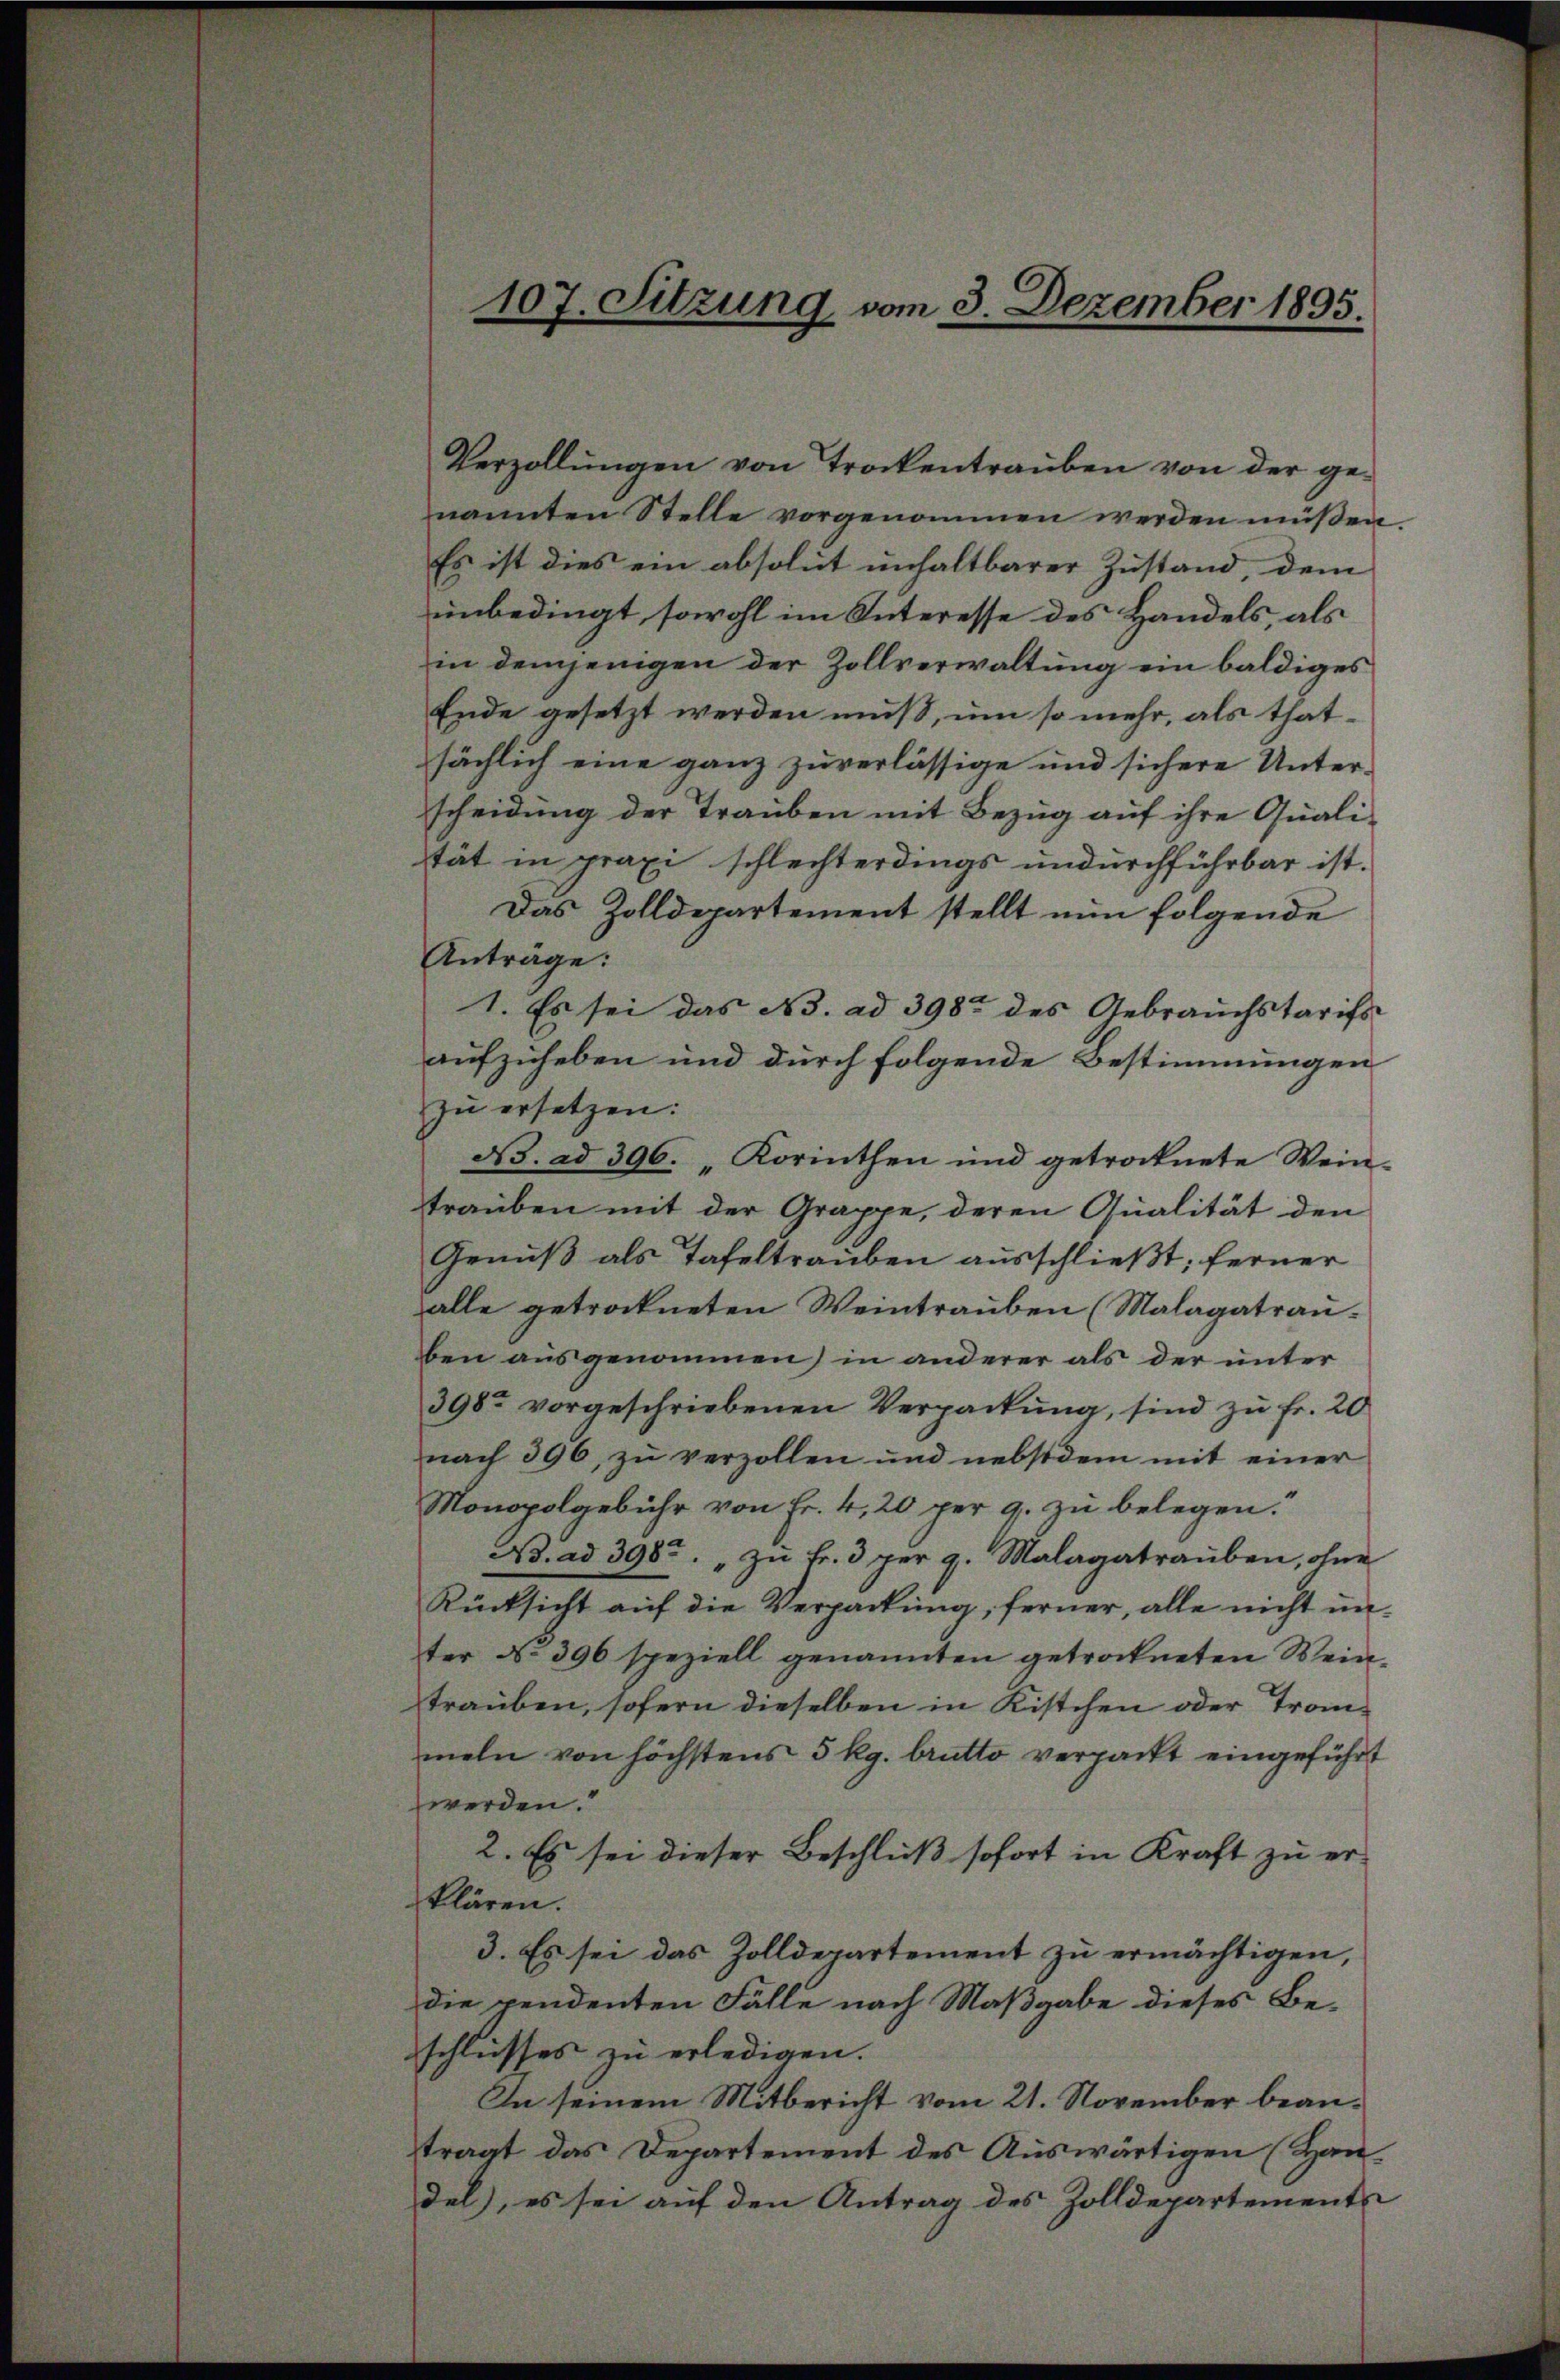
Verzollŭngen von Trockentraŭben von der ge-
nannten Stelle vorgenommen werden müßen.
Es ist dies ein absolut unhaltbarer Zustand, dem
unbedingt, sowohl im Interesse des Handels, als
in demjenigen der Zollverwaltung ein baldiges
Ende gesetzt werden muß, um so mehr, als thatsächlich eine ganz zuverlässige und sichere Unter-
scheidung der Trauben mit Bezug auf ihre Quali-
tät in praxi schlechterdings undurchführbar ist.
Das Zolldepartement stellt nun folgende
Anträge:
1. Es sei das Ns. ad 398 des Gebrauchstarifs
aufzuheben und durch folgende Bestimmungen
zu ersetzen:
A3. ad 396. „Korinthen und getrocknete Wein-
trauben mit der Grappe, deren Qualität den
Genuß als Tafeltrauben ausschließt; ferner
alle getrockneten Weintrauben (Malagatrauben ausgenommen) in anderer als der unter
398 vorgeschriebenen Verpackung, sind zŭ fr. 20
nach 396, zu verzollen und nebstdem mit einer
Monopolgebühr von Fr. 4, 20 per 9. zu belegen.“
Ad. ad 398. „zu Fr. 3 per 9. Malagatrauben, ohne
Rücksicht aŭf die Verpackung, ferner, alle nicht unter No 396 speziell genannten getrockneten Weintrauben, sofern dieselben in Kistchen oder Tranmeln von höchstens 5 kg. brutto verpackt eingeführt
werden.
2. Es sei dieser Beschluß sofort in Kraft zu erklären.
3. Es sei das Zolldepartement zu ermächtigen,
die pendenten Fälle nach Maßgabe dieses Be-
schlusses zu erledigen.
In seinem Mitbericht vom 21. November beantraat das Departement des Auswärtigen (Handel), es sei auf den Antrag des Zolldepartemente

107. Sitzung vom 3. Dezember 1895.